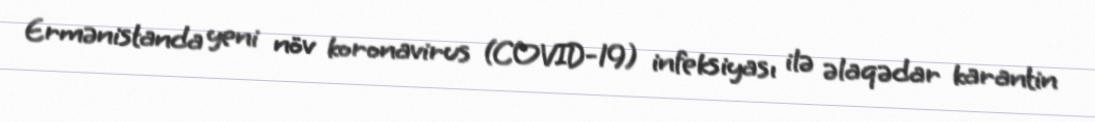
Ermənistanda yeni növ koronavirus (COVID-19) infeksiyası ilə əlaqədar karantin